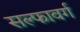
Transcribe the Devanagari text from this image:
सल्फावर्ग